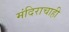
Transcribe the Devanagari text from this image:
मंदिराचाही